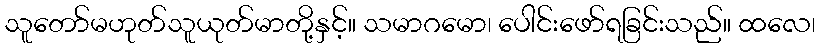
သူတော်မဟုတ်သူယုတ်မာတို့နှင့်။ သမာဂမော၊ ပေါင်းဖော်ရခြင်းသည်။ ထလေ၊